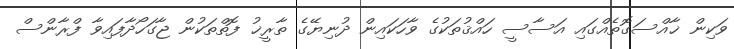
ވަކިން ޚާއްސަގޮތެއްގައި އަސާސީ ހައްޤުތަކުގެ ވާހަކައިން ދުނިޔޭގެ ތާރީޚު ފޮތްތަކުން ޖާގަހޯދާފައިވާ ފްރާންސް